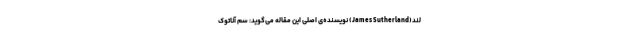
لند(James Sutherland) نویسنده‌ی اصلی این مقاله می‌گوید: سم آناتوک